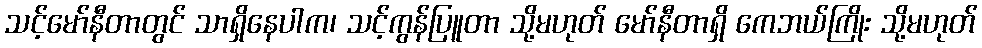
သင့်မော်နီတာတွင် သာရှိနေပါက၊ သင့်ကွန်ပြူတာ သို့မဟုတ် မော်နီတာရှိ ကေဘယ်ကြိုး သို့မဟုတ်